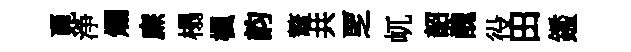
覓浄爛㢘榻楓韵鼇共覂屼韶醜役田鑑